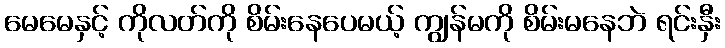
မေမေနှင့် ကိုလတ်ကို စိမ်းနေပေမယ့် ကျွန်မကို စိမ်းမနေဘဲ ရင်းနှီး